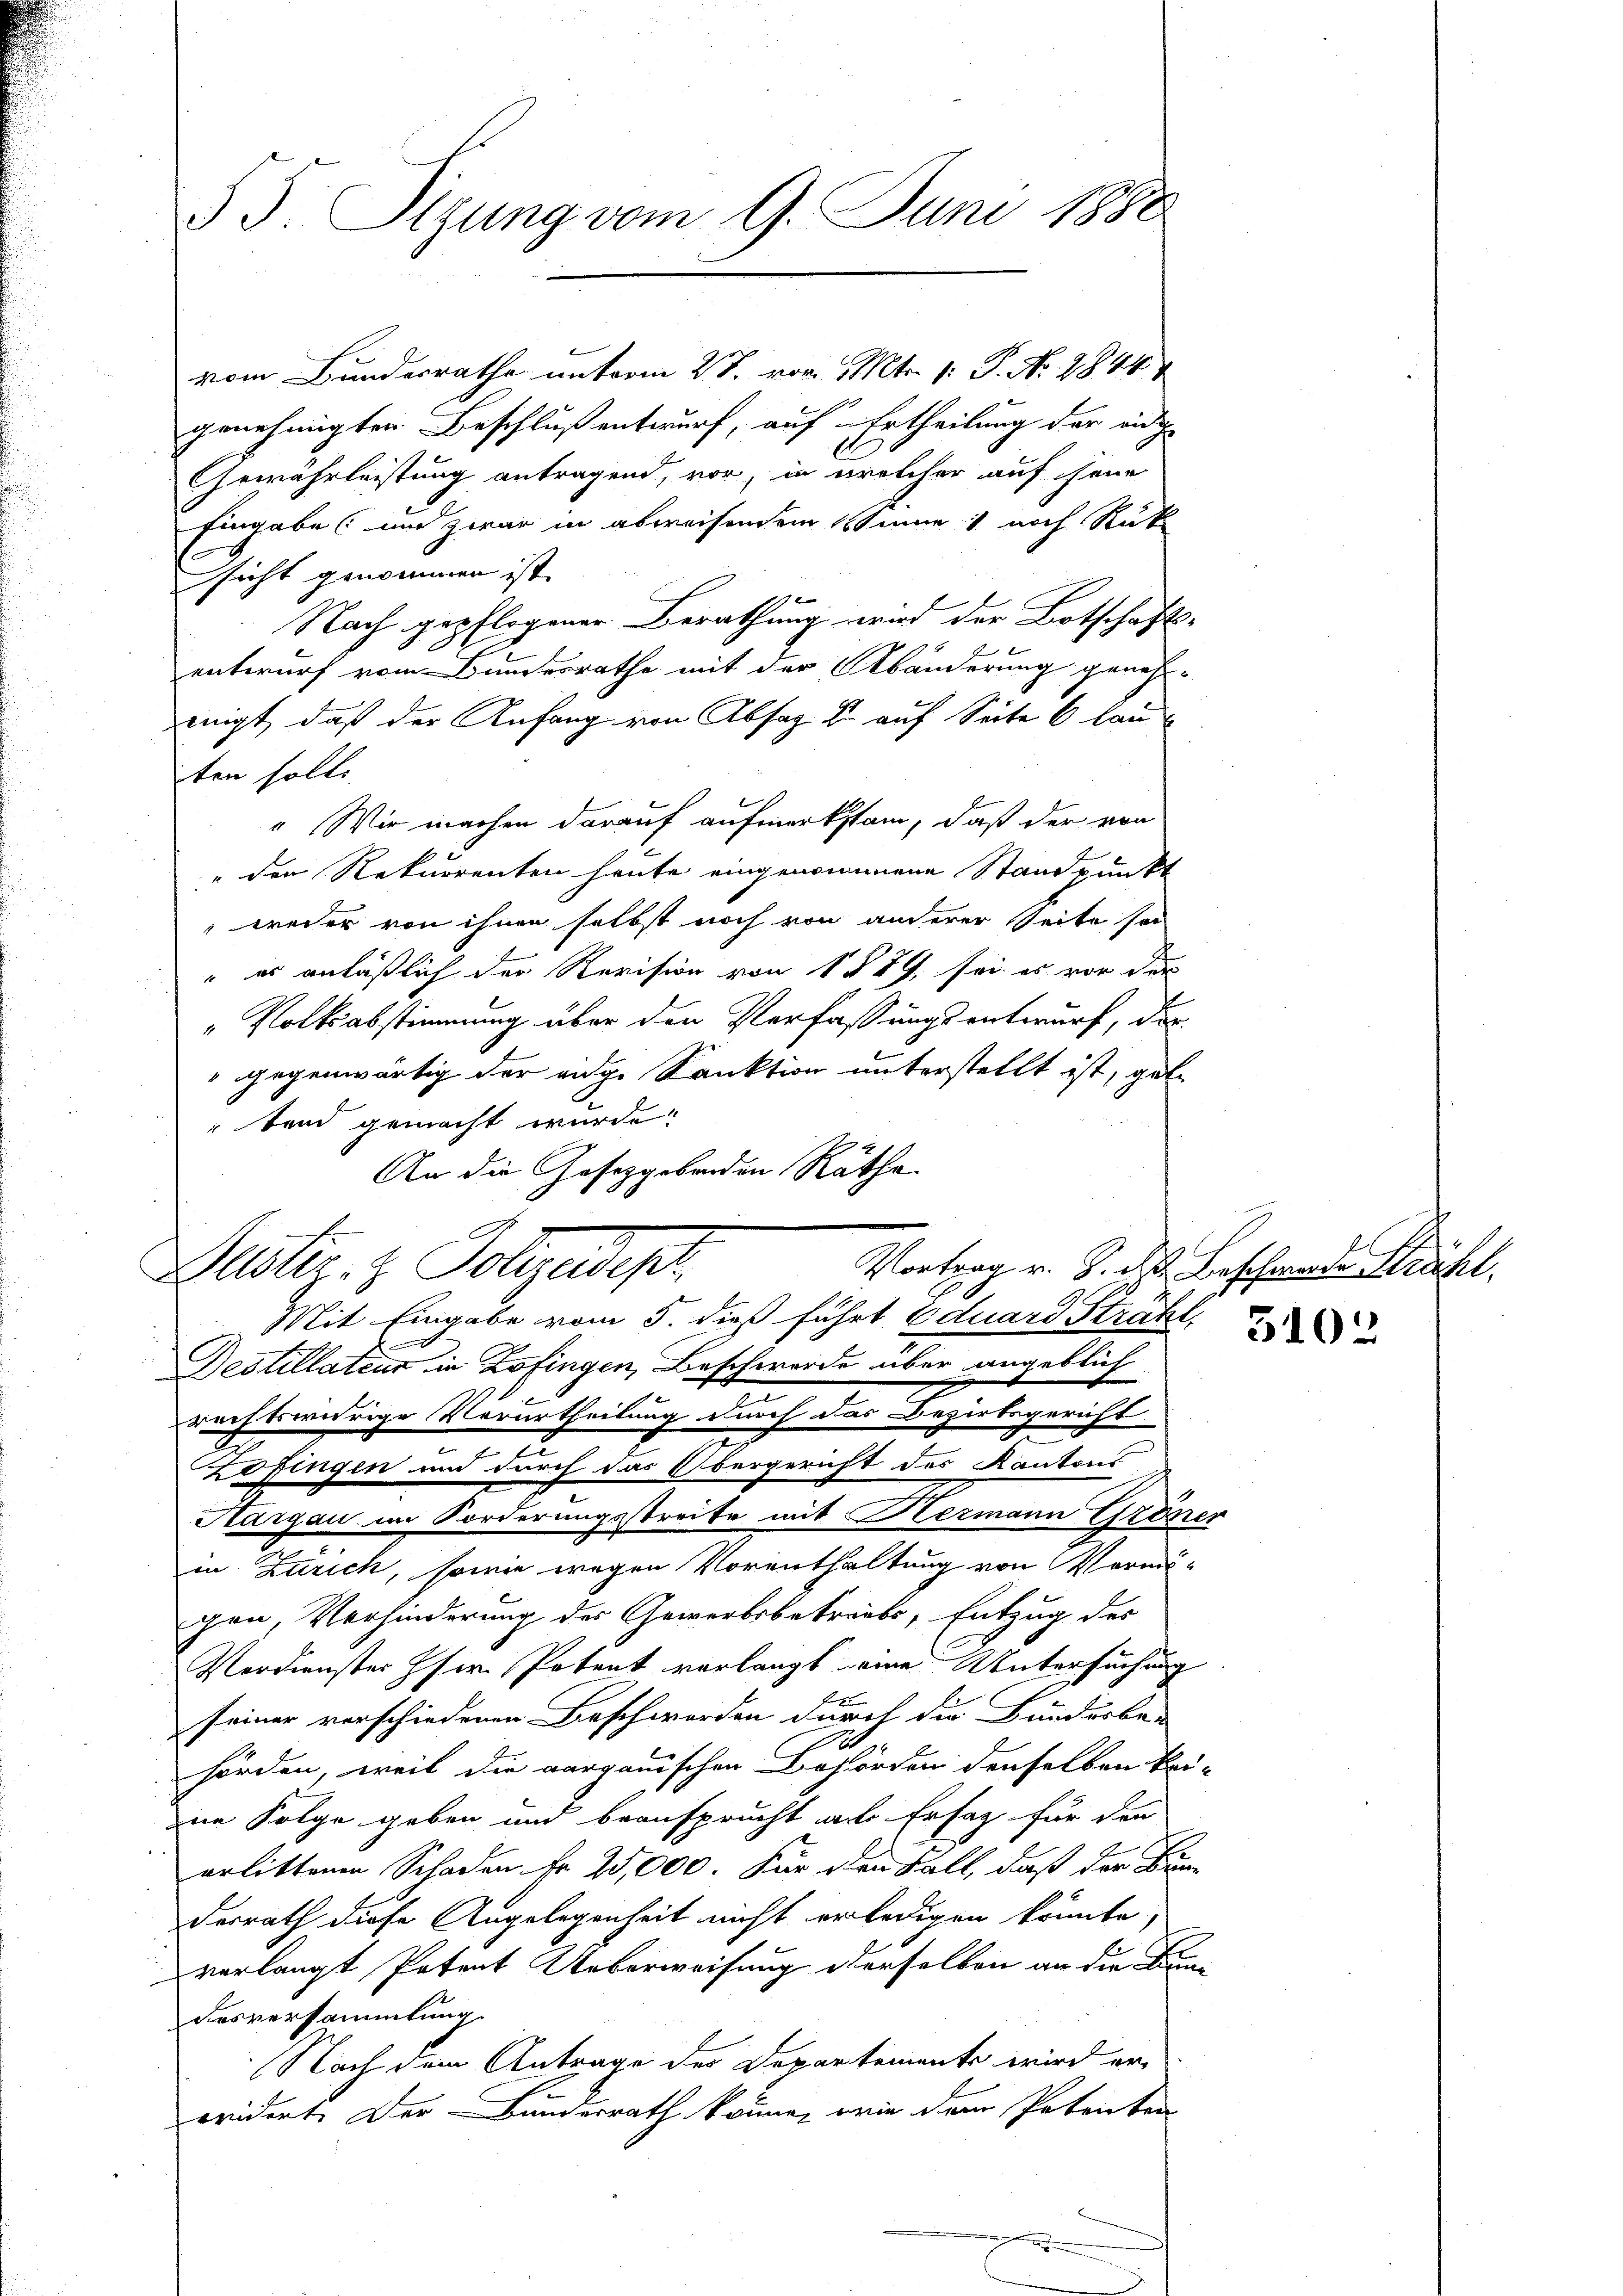
SS. Tigung vom 9. Juni 1880

vom Bunderrathe unterm 2t. vor. Mts. 1. P. No. 1844
genehmigten Beschluß entwurf, auf Ertheilung der eidge
Gewährleistung antragend, vor, in welcher auf seine
Eingabe (und zwar in abweisendem Sinn 1 noch Rük
sicht genommen ist.
Nach gepflogener Berathung wird der Botschafts-
entwurf vom Bundesrathe mit der Abänderung geneh-
eigt, daß der Anfang von Absag & auf Seite 6 lauten solle
“ Wir machen darauf aufmerksam, daß der von
 der Rekurrenten heute eingenommene Standpunkt
weder von ihnen selbst noch von anerer Seite sei
" es anläßlich der Revision von 1 § 29, sei es vor der
"Volksabstimmung über den Verfassungsentwurf, der
" gegenwärtig der ange Sanktion unterstellt ist, gebe
tend gemacht wurde.
An die Gesetzgebenden Räthe.

Beister. z. Polizeidep
Mit Eingabe vom 5. dieß führt Eduard Sträht

E
Destillateur in Zofingen, Beschwerde über angeblich
rechtswidrige Verurtheilung durch das Bezirksgericht
Zofingen und durch das Obergericht des Kantons
Aargau im Forderungsstreite mit Hermann Grener
in Zürich, sowie wegen Vorenthaltung von Vermögen, Verhinderung des Gewerbsbetreibs, Entzug des
Verdienster Iser. Petent verlangt eine Untersuchung
seiner verschiedenen Beschworden durch die Bunderbau
2
hörden, weil die aargauischen Behörden denselben keine Folge geben und beansprucht alle Ersatz für den
erlittenen Schaden Fr. 25,000. Für den Fall, daß der Bunderrath diese Angelegenheit nicht erledigen könnte
verlangt Petent Ueberweisung derselben an die Bun-
desversammlung.
Nach dem Antrage des Departemente wird er
eridert. Der Bunderrath könne, wie dem Petenber
.

Vortrag v. J. die Beschwerde Stähl

3102